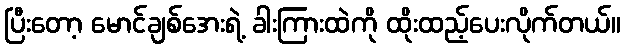
ပြီးတော့ မောင်ချစ်အေးရဲ့ ခါးကြားထဲကို ထိုးထည့်ပေးလိုက်တယ်။